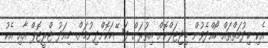
އެކި ޚިދުމަތްތައް ހޯއްދެވުން ޑިޖިޓަލްކޮށް އިތުރަށް ފަސޭހަކޮށްދިނުމަށް. މިއަދު ޓްރީޓޮޕް އާއި އެކު